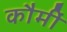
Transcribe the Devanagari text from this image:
कौमीं